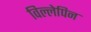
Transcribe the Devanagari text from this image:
विल्लेपिन